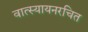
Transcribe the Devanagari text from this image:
वात्स्यायनरचित